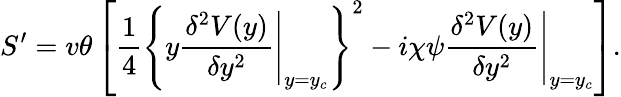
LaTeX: S^{\prime}=v\theta\left[\frac{1}{4}\left\{ y\left.\frac{\delta^{2}V(y)}{\delta y^{2}}\right|_{y=y_{c}}\right\} ^{2}-i\chi\psi\left.\frac{\delta^{2}V(y)}{\delta y^{2}}\right|_{y=y_{c}}\right].